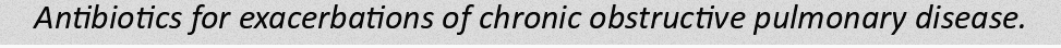
Antibiotics for exacerbations of chronic obstructive pulmonary disease.